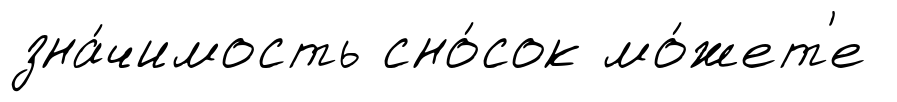
зна́чимость сно́сок мо́жет'е